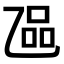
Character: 𬼬